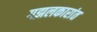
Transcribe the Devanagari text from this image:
गझलकारांत